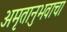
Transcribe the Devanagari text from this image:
अमृतानुभवाचा